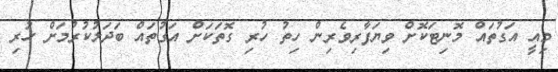
މިއީ އަގުތައް މޮނިޓަކޮށް ވިޔަފާރިވެރިން ހިތު ހުރި ގޮތަކަށް އަގުތައް ބަދަލުކުރުމަށް ހުރި